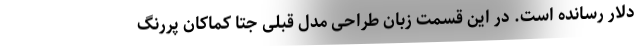
دلار رسانده است. در این قسمت زبان طراحی مدل قبلی جتا کماکان پررنگ